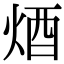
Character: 𨟽